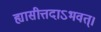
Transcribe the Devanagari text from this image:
ह्यासीत्तदाऽभवत्।